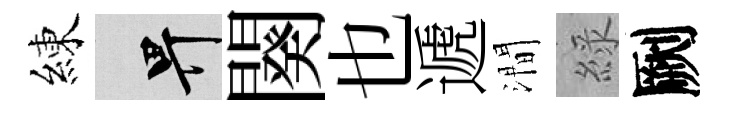
練畀闋也遞澗綠劂